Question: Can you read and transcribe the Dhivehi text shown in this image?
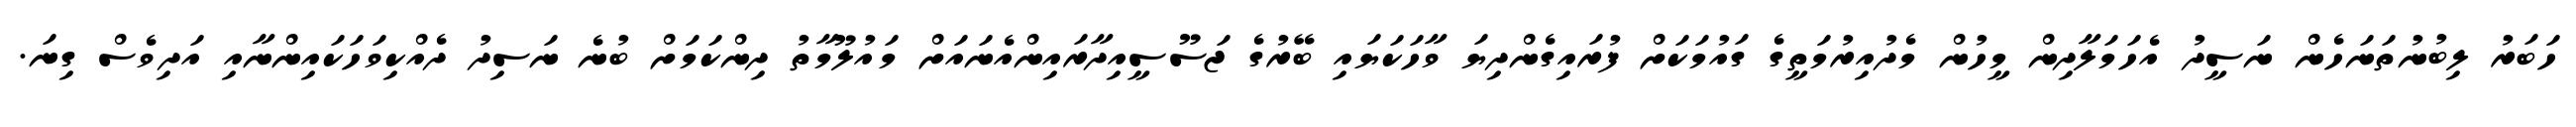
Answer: ހަބަރު ލިބުނުތަނަހެން ނަސީދު އެހަމަލާދިން މީހުން މެދުއިރުމަތީގެ ގައުމަކަށް ފުރައިގެންދިޔަ ވާހަކަޔައި ބޭރުގެ ޖަސޫސީއިދާރައިންއެނައަށް މައުލޫމާތު ދިންކަމަށް ބުނެ ނަސިދު ދެއްކިވަހަކައިންނާއި އަދިވެސް ގިނަ.